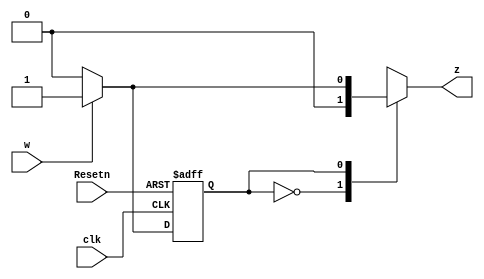
module Test_Mealy (clk, Resetn, w, z);

input clk, Resetn, w;
output reg z;
reg y, Y;
parameter A = 0, B = 1; 

always @(w, y)
  case (y)
      A: if (w) 
      begin
      z=0;
      Y = B;
      end
      else
      begin
      z = 0;
      Y = A;
      end
      B: if (w) 
      begin
      z=1;
      Y = B;
      end
      else
      begin
      z = 0;
      Y = A;
      end
  endcase
  
always @(negedge Resetn, posedge clk)  
       if (Resetn == 0) y <= A;
       else y<=Y;

endmodule